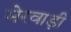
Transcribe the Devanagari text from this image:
मेरवाड़ी